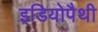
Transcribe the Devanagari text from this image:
इडियोपैथी